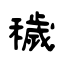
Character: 穢